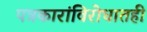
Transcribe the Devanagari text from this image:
पत्रकारांविरोधातही